system: You are a helpful assistant.
user:
Analyze the provided spectrum to determine if it is a **White Dwarf (WD)**.

A White Dwarf spectrum is defined by its **extreme purity** (due to gravitational settling) and/or **extreme pressure broadening** (due to high surface gravity). You must check for one of the following mutually exclusive signatures:

- **Key Visual Indicators (Check for ONE of these types):**

    - **1. DA-Type Signature (Most Common):**
        - **(Primary Feature):** Extreme pressure broadening (Stark broadening) of the **Hydrogen (H) Balmer lines**.
        - **(Key Lines):** $H\beta$ (approx. $4861$ Å) and $H\gamma$ (approx. $4340$ Å). $H\alpha$ (approx. $6563$ Å) will also be present if the wavelength range covers it.
        - **(Line Profile):** This is the **defining feature**. The lines are **NOT** sharp. They appear as massive, **extremely broad and deep "troughs" or "dips"** in the spectrum, often hundreds of Ångströms wide. The continuum will appear to "scoop" down at these wavelengths.
        - **(Distinction):** Normal A-type or B-type stars have *narrow* and *sharp* Hydrogen lines. A DA White Dwarf's lines are unmistakably "smeared" or "blurry" from pressure.

    - **2. DB-Type Signature:**
        - **(Primary Feature):** Broad absorption lines from **Neutral Helium (He I)**. The spectrum must lack any visible Hydrogen lines.
        - **(Key Lines):** Look for broad absorption near $4471$ Å, $4921$ Å, and $5876$ Å.
        - **(Line Profile):** These lines are also significantly pressure-broadened, appearing much wider than they would in a normal B-type main-sequence star.

    - **3. DC-Type Signature:**
        - **(Primary Feature):** A **featureless continuous spectrum**.
        - **(Line Profile):** The spectrum is a smooth curve with **no significant absorption or emission lines**.
        - **(Key Confirmation):** The continuum is almost always **blue or white**, indicating a hot object. This signature implies the atmosphere is so pure (or so cool) that no spectral lines are visible in the optical range. Its WD identity is confirmed by its extremely low intrinsic brightness (high absolute magnitude).

    - **4. DZ-Type Signature (Metal-Polluted):**
        - **(Primary Feature):** **Isolated, narrow metal absorption lines** on an otherwise featureless (DC-like) continuum.
        - **(Key Lines):** The **Calcium (Ca II) H & K doublet** (approx. **$3934$ Å** and **$3968$ Å**) is the most common and defining feature.
        - **(Line Profile):** These lines are "out of place." They are *not* part of a "forest" of thousands of lines. This signature is evidence of recent *accretion* (pollution) from rocky debris.
        - **(Distinction):** Normal G/K/M stars have a *dense forest* of thousands of metal lines. A DZ has a *clean* continuum with *only a few* strong metal lines.

    - **5. DQ-Type Signature (Carbon-Polluted):**
        - **(Primary Feature):** Absorption bands from **Carbon (C₂ "Swan Bands" or atomic C I)**.
        - **(Key Lines - C₂):** Look for bandheads with a "saw-tooth" shape near $5635$ Å, **$5165$ Å** (strongest), and $4737$ Å.
        - **(Key Confirmation):** The underlying **continuum must be blue or white** (hot).
        - **(Distinction):** This is the critical difference from a **Carbon Star**, which has the *exact same* C₂ bands but on an extremely **red, cool** continuum.

- **(Overall Spectrum):**
    - The continuum (overall shape) is typically **blue-sloping** (brighter in the blue than the red), as most white dwarfs are very hot.
    - The spectrum will look "pure" or "simple," dominated by only *one* of the five signatures listed above.

Think first, call **spectral_visualization_tool** if needed to examine features in detail, then provide your final answer. Your response must adhere to the following strict rules:
1.  **Overall Structure:** Your response must follow the format `<think>...</think> <tool_call>...</tool_call> (if a tool is used) <answer>...</answer>`.
2.  **Tool Usage Constraint:** You may only make **one** tool call per turn.
3.  **Final Answer Format:** In the `<answer>` tag, your conclusion must be inside a `\boxed{}` command (e.g., `\boxed{YES}` or `\boxed{NO}`), followed by your justification.

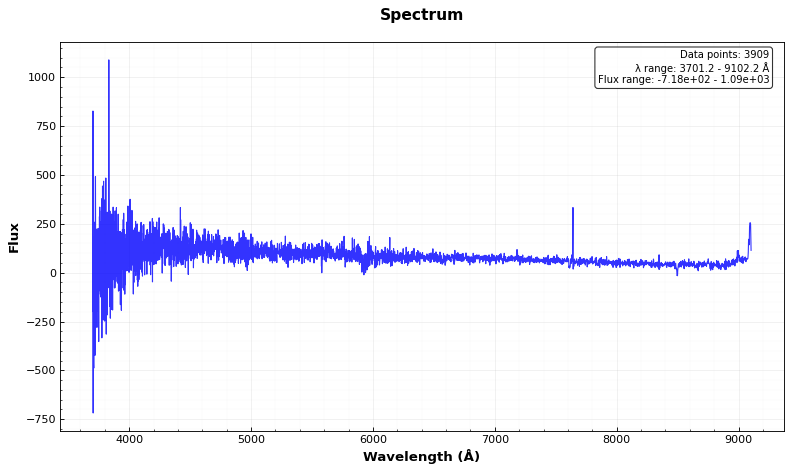
Answer: NO